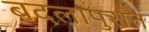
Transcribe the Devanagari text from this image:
बदलापुरात